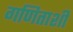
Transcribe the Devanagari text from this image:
गणिताशी